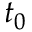
t _ { 0 }